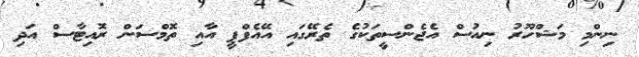
ނިންމި މަޝްހޫރު ނިއުސް އެޖެންސީތަކުގެ ތެރޭގައި އޭއެފްޕީ އާއި ތޮމްސަން ރޮއިޓާސް އަދި